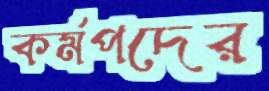
কর্মপদের